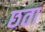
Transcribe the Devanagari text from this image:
छता